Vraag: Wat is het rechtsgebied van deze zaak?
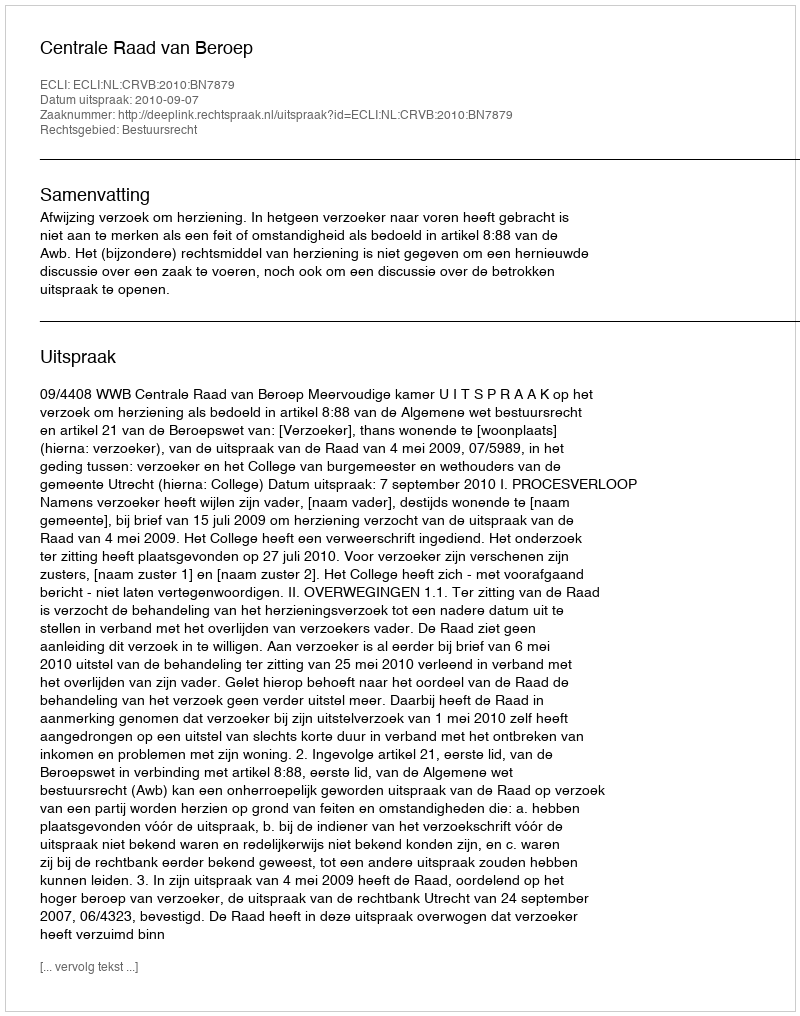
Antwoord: Bestuursrecht